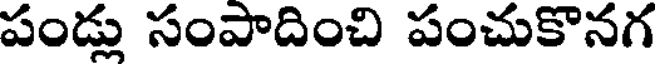
పండ్లు సంపాదించి పంచుకొనగ